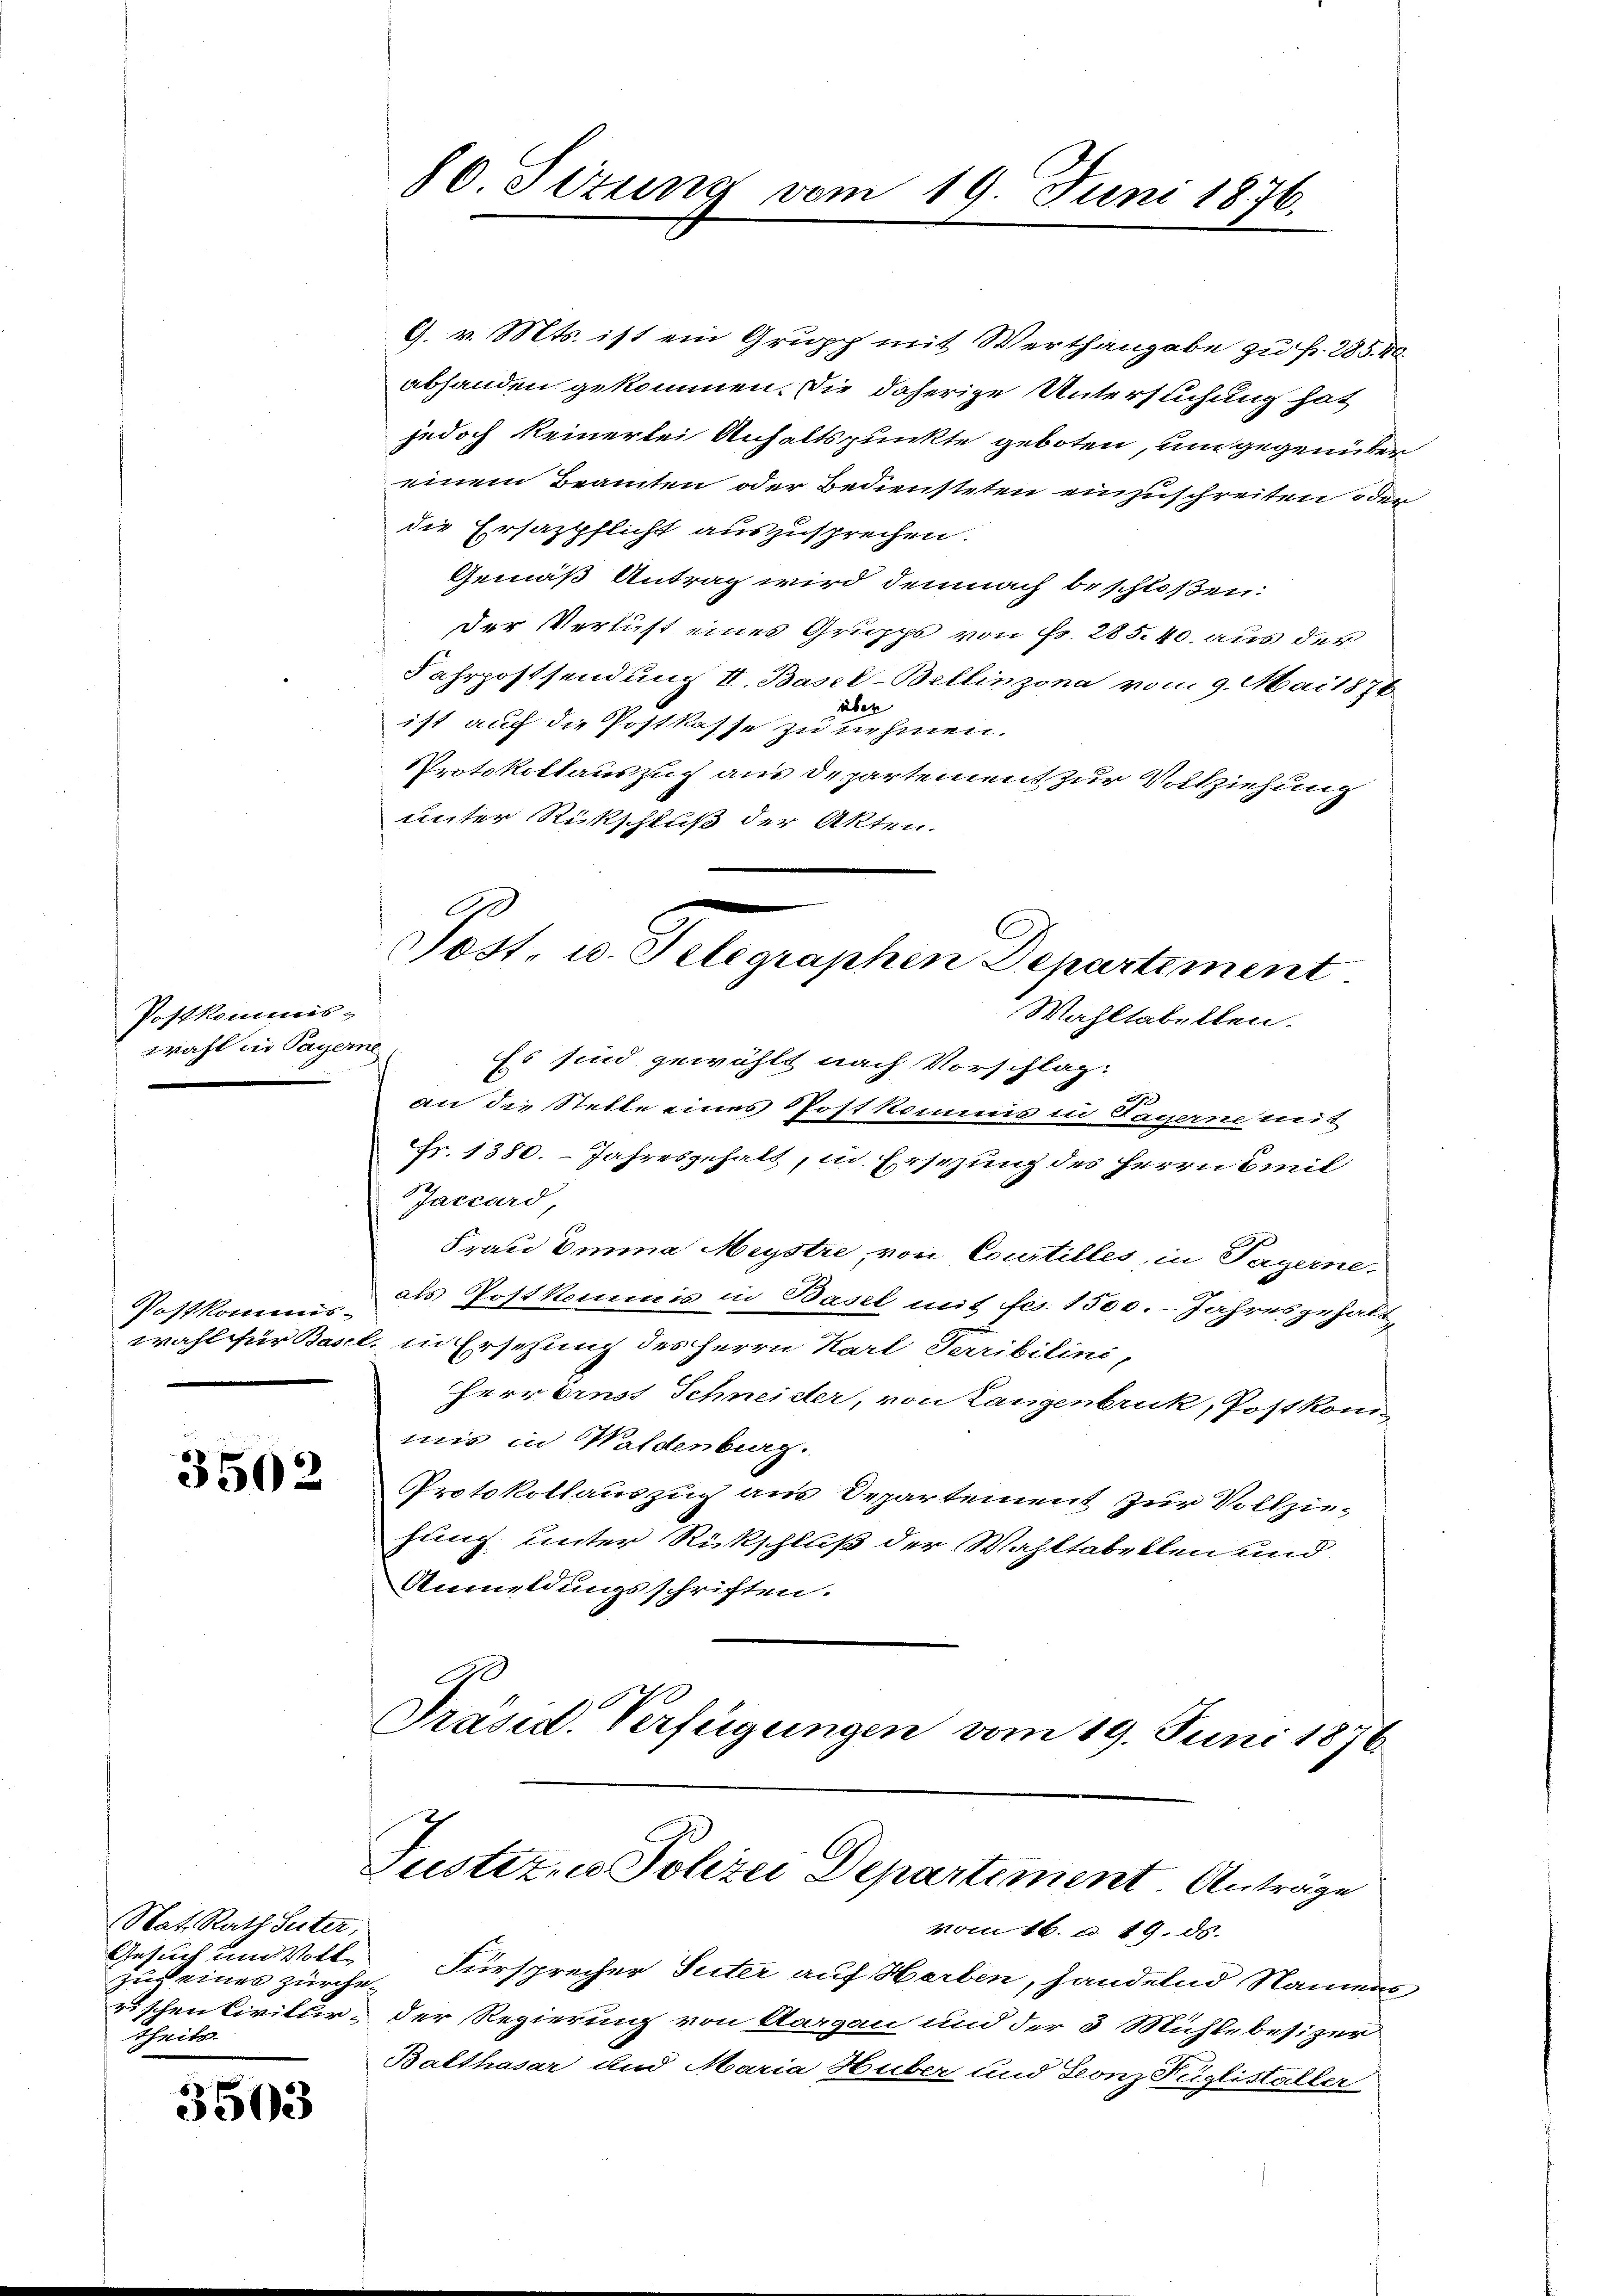
Postkommis-
wahl in Payerne

Postkommswahl für Base

3502

Nat. Rath Suter,
Gesuch in Vollzu eines zürche
rischen Civilurtheils.

3503

80. Sizung vom 19. Juni 1876.

Post, u. Telegraphen Departement
Wahltabellen.

9. v. Mts. ist ein Grupp mit Werthangabe zu f. 285. 40.
abhanden gekommen. Die daherige Untersuchung hat
jedoch keinerlei Anhaltspunkte geboten, um gegenüber
einem Beamten oder Bediensteten einzuschreiten oder
die Ersazpflicht auszusprechen.
Gemäß Antrag wird demnach beschloßen:
Der Verlust eines Gruppe von Fr. 285.40 aus der
Fahrpostsendung II. Basel-Bellinzona vom 9. Mai 1876
über
ist auf die Postkasse zu nehmen.
Protokollauszug aus Departement zur Vollziehung
unter Rückschluß der Akten.
Es sind gewählt nach Vorschlag:
)
an die Stelle eines Postkommis in Tagerne mit
Fr. 1380. Jahresgehalt, in Ersezung des Herrn Emil
Jaccard,
Frau Emma Meystre, von Courtilles, in Payerne,
als Postkommis in Basel mit fcs. 1500. Jahresgehalt,
b. in Ersetzung des Herrn Karl Terribilini,
Herrornst Schneider, von Langenbruck, Post kommis in Waldenburg.
Protokollauszug aus Departement zur Vollziehung unter Rückschluß der Wahltabellen und
Anmeldungsschriften.
Präsid. Verfügungen vom 19. Juni 1876

Justiz- u Polizei Departement Antrage

vom 16. u. 19. ds.
Fürsprecher Suter auf Herben, handelnd Namens
der Regierung von Aargau und der 3 Mühlebesizer
Balthasar und Maria Huber und Leonz Füglistaller